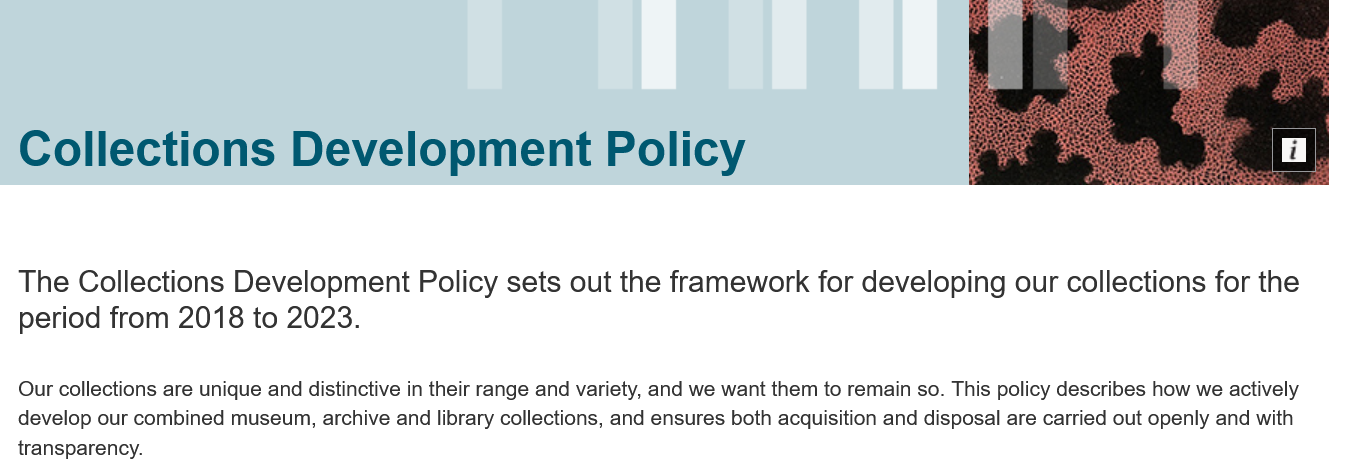
Collections    Development    Policy
  The   Collections   Development    Policy    sets  out the  framework    for developing    our collections   for the
  period   from  2018   to 2023.
  Our collections are unique and distinctive in their range and variety, and we want them to remain so. This policy describes how we actively
  develop our combined museum, archive and library collections, and ensures both acquisition and disposal are carried out openly and with
  transparency.